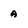
Character: a